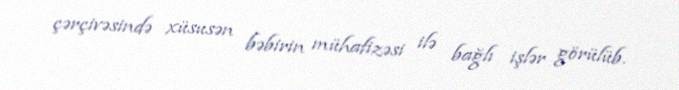
çərçivəsində xüsusən bəbirin mühafizəsi ilə bağlı işlər görülüb.